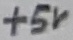
Text: +5V